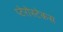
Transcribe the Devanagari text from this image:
प्टेरोस्टेकस